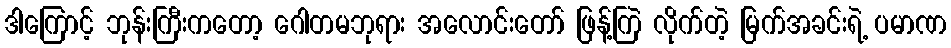
ဒါကြောင့် ဘုန်းကြီးကတော့ ဂေါတမဘုရား အလောင်းတော် ဖြန့်ကြဲ လိုက်တဲ့ မြက်အခင်းရဲ့ ပမာဏ